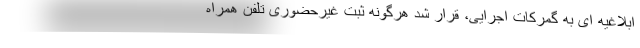
ابلاغیه ای به گمرکات اجرایی، قرار شد هرگونه ثبت غیرحضوری تلفن‌ همراه